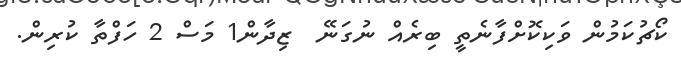
ކޯޗުކަމުން ވަކިކޮށްފާނެތީ ބިރެއް ނުގަނޭ  ޒިދާން1 މަސް 2 ހަފްތާ ކުރިން.